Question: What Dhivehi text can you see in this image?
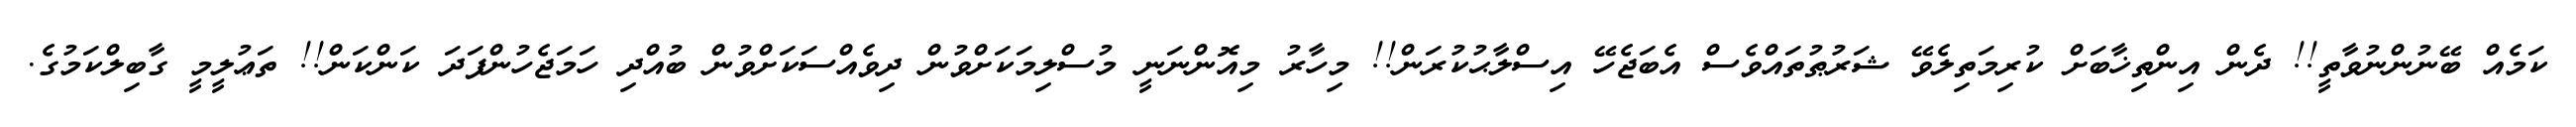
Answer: ކަމެއް ބޭނުންނުވާތީ!! ދެން އިންތިޚާބަށް ކުރިމަތިލެވޭ ޝަރުޠުތައްވެސް އެބަޖެހޭ އިސްލާޙުކުރަން!! މިހާރު މިއޮންނަނީ މުސްލިމަކަށްވުން ދިވެއްސަކަށްވުން ބުއްދި ހަމަޖެހުންފަދަ ކަންކަން!! ތަޢުލީމީ ގާބިލްކަމުގެ.